Report on the working of the mental hospitals for Indians in Bihar and Orissa - 1925-1929
Year: 1925
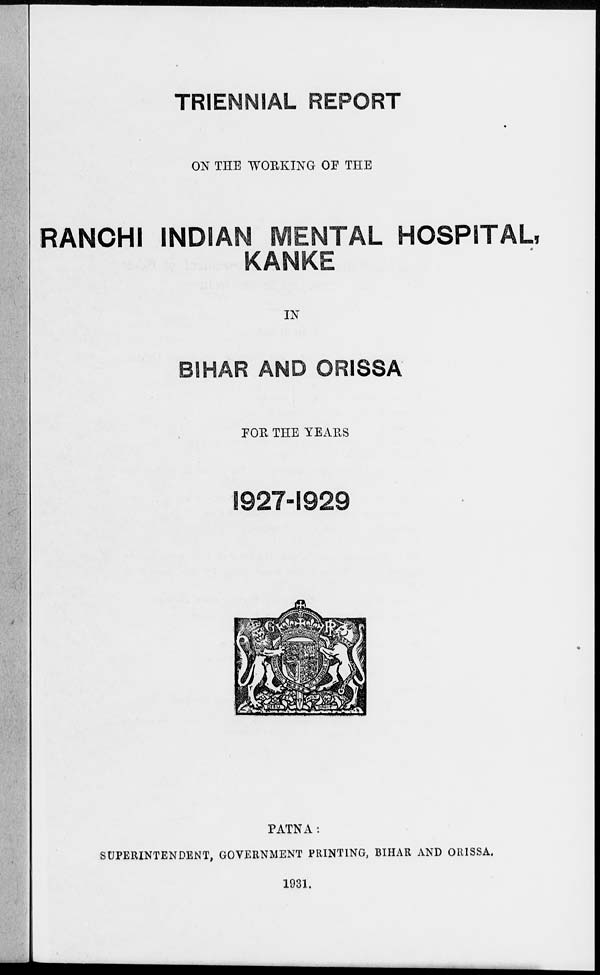
TRIENNIAL REPORT
ON THE WORKING OF THE
RANCHI INDIAN MENTAL HOSPITAL,
KANKE
IN
BIHAR AND ORISSA
FOR THE YEARS
1927-1929
PATNA :
SUPERINTENDENT, GOVERNMENT PRINTING, BIHAR AND ORISSA.
1931.